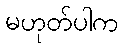
မဟုတ်ပါက